Indian journal of veterinary science and animal husbandry - Volume 7,
Year: 1937
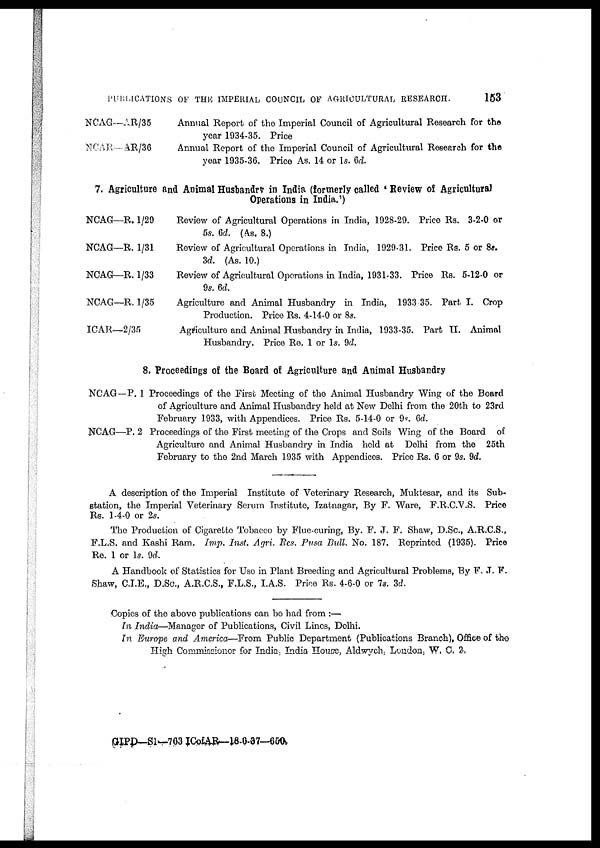
PUBLICATIONS OF THE IMPERIAL COUNCIL OF AGRICULTURAL RESEARCH.
153
NCAG—AR/35
NCAR—AR/36
Annual Report of the Imperial Council of Agricultural Research for the
year 1934-35. Price
Annual Report of the Imperial Council of Agricultural Research for the
year 1935-36. Price As. 14 or 1s. 6d.
7. Agriculture and Animal Husbandry in India (formerly called ' Review of Agricultural
Operations in India.')
NCAG—R. 1/29
NCAG—R. 1/31
NCAG—R. 1/33
NCAG—R. 1/35
ICAR—2/35
Review of Agricultural Operations in India, 1928-29. Price Rs. 3-2-0 or
5s. 6d. (As. 8.)
Review of Agricultural Operations in India, 1929-31. Price Rs. 5 or 8s.
3d. (As. 10.)
Review of Agricultural Operations in India, 1931-33. Price Rs. 5-12-0 or
9s. 6d.
Agriculture and Animal Husbandry in India, 1933 35. Part I. Crop
Production. Price Rs. 4-14-0 or 8s.
Agriculture and Animal Husbandry in India, 1933-35. Part II. Animal
Husbandry. Price Re. 1 or 1s. 9d.
8. Proceedings of the Board of Agriculture and Animal Husbandry
NCAG-P. 1 P
NCAG—P. 2 P
roceedings of the First Meeting of the Animal Husbandry Wing of the Board
of Agriculture and Animal Husbandry held at New Delhi from the 20th to 23rd
February 1933, with Appendices. Price Rs. 5-14-0 or 9s. 6d.
Proceedings of the First meeting of the Crops and Soils Wing of the Board of
Agriculture and Animal Husbandry in India held at Delhi from the 25th
February to the 2nd March 1935 with Appendices. Price Rs. 6 or 9s. 9d.
A description of the Imperial Institute of Veterinary Research, Muktesar, and its Sub-
station, the Imperial Veterinary Serum Institute, Izatnagar, By F. Ware, F.R.C.V.S. Price
Rs. 1-4-0 or 2s.
The Production of Cigarette Tobacco by Flue-curing, By. F. J. F. Shaw, D.Sc., A.R.C.S.,
F.L.S. and Kashi Ram. Imp. Inst. Agri. Res. Pusa Bull. No. 187. Reprinted (1935). Price
Re. 1 or 1s. 9d.
A Handbook of Statistics for Use in Plant Breeding and Agricultural Problems, By F. J. F.
Shaw, C.I.E., D.Sc, A.R.C.S., F.L.S., I.A.S. Price Rs. 4-6-0 or 7s. 3d.
Copies of the above publications can be had from :—
In India—Manager of Publications, Civil Lines, Delhi.
In Europe and America—From Public Department (Publications Branch), Office of the
High Commissioner for India, India House, Aldwych, London, W. C. 2.
GIPD—S1—763 ICOFAR—18-6-97—650